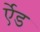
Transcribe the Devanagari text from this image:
र्एेड